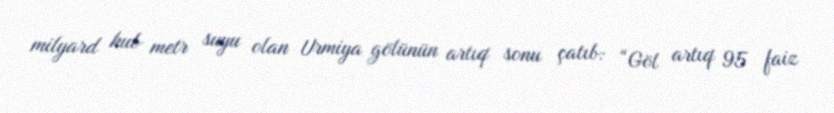
milyard kub metr suyu olan Urmiya gölünün artıq sonu çatıb: “Göl artıq 95 faiz